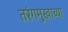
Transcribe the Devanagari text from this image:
तरंगमुखाच्या